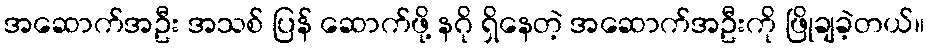
အဆောက်အဦး အသစ် ပြန် ဆောက်ဖို့ နဂို ရှိနေတဲ့ အဆောက်အဦးကို ဖြိုချခဲ့တယ်။